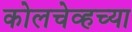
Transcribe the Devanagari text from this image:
कोलचेव्हच्या